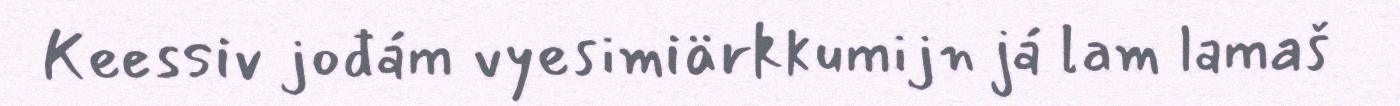
Keessiv jođám vyesimiärkkumijn já lam lamaš